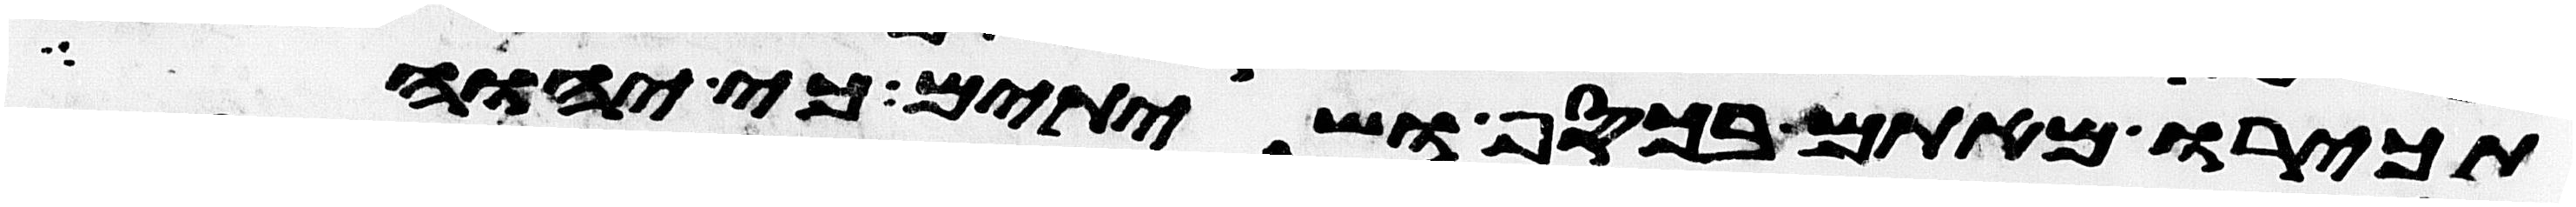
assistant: תכירו מאתם בכסף ושתיתם כי יהוה